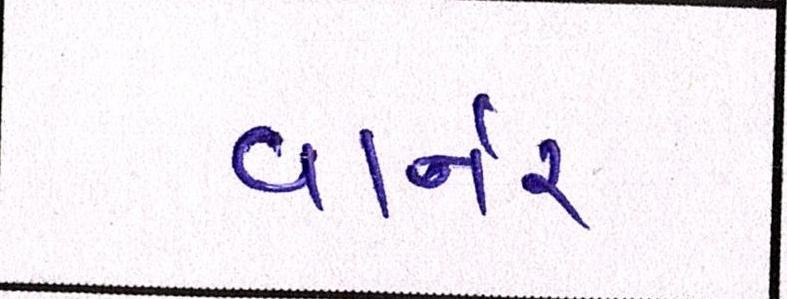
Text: વાર્નર